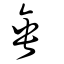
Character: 垂